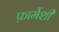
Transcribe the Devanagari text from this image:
फ़ार्मेशी